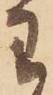
わ